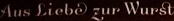
Aus liebe zup Wurst